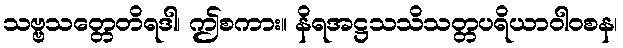
သဗ္ဗသတ္တေတိရဒါ၊ ဤစကား။ နိရအဋ္ဌသသိသတ္တပရိယာဝါဝစန၊